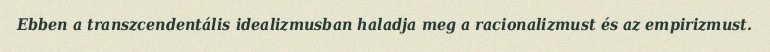
Ebben a transzcendentális idealizmusban haladja meg a racionalizmust és az empirizmust.